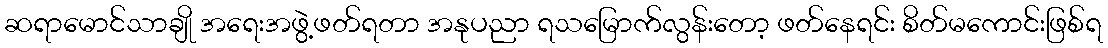
ဆရာမောင်သာချို အရေးအဖွဲ့ဖတ်ရတာ အနုပညာ ရသမြောက်လွန်းတော့ ဖတ်နေရင်း စိတ်မကောင်းဖြစ်ရ